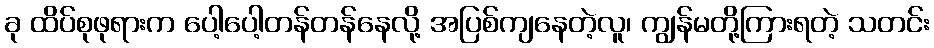
ခု ထိပ်စုဖုရားက ပေါ့ပေါ့တန်တန်နေလို့ အပြစ်ကျနေတဲ့လူ၊ ကျွန်မတို့ကြားရတဲ့ သတင်း